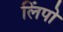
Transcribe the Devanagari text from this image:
लिंपो